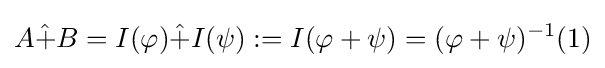
A{\hat {+}}B=I(\varphi ){\hat {+}}I(\psi ):=I(\varphi +\psi )=(\varphi +\psi )^{-1}(1)